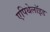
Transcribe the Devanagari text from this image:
एपिथेलॉइड